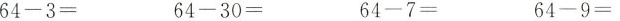
64-3= 64-30= 64-7= 64-9=